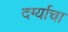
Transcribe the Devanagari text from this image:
दर्ग्याचा